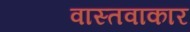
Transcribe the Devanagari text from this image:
वास्तवाकार